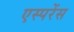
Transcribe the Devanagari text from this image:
एस्परेंस